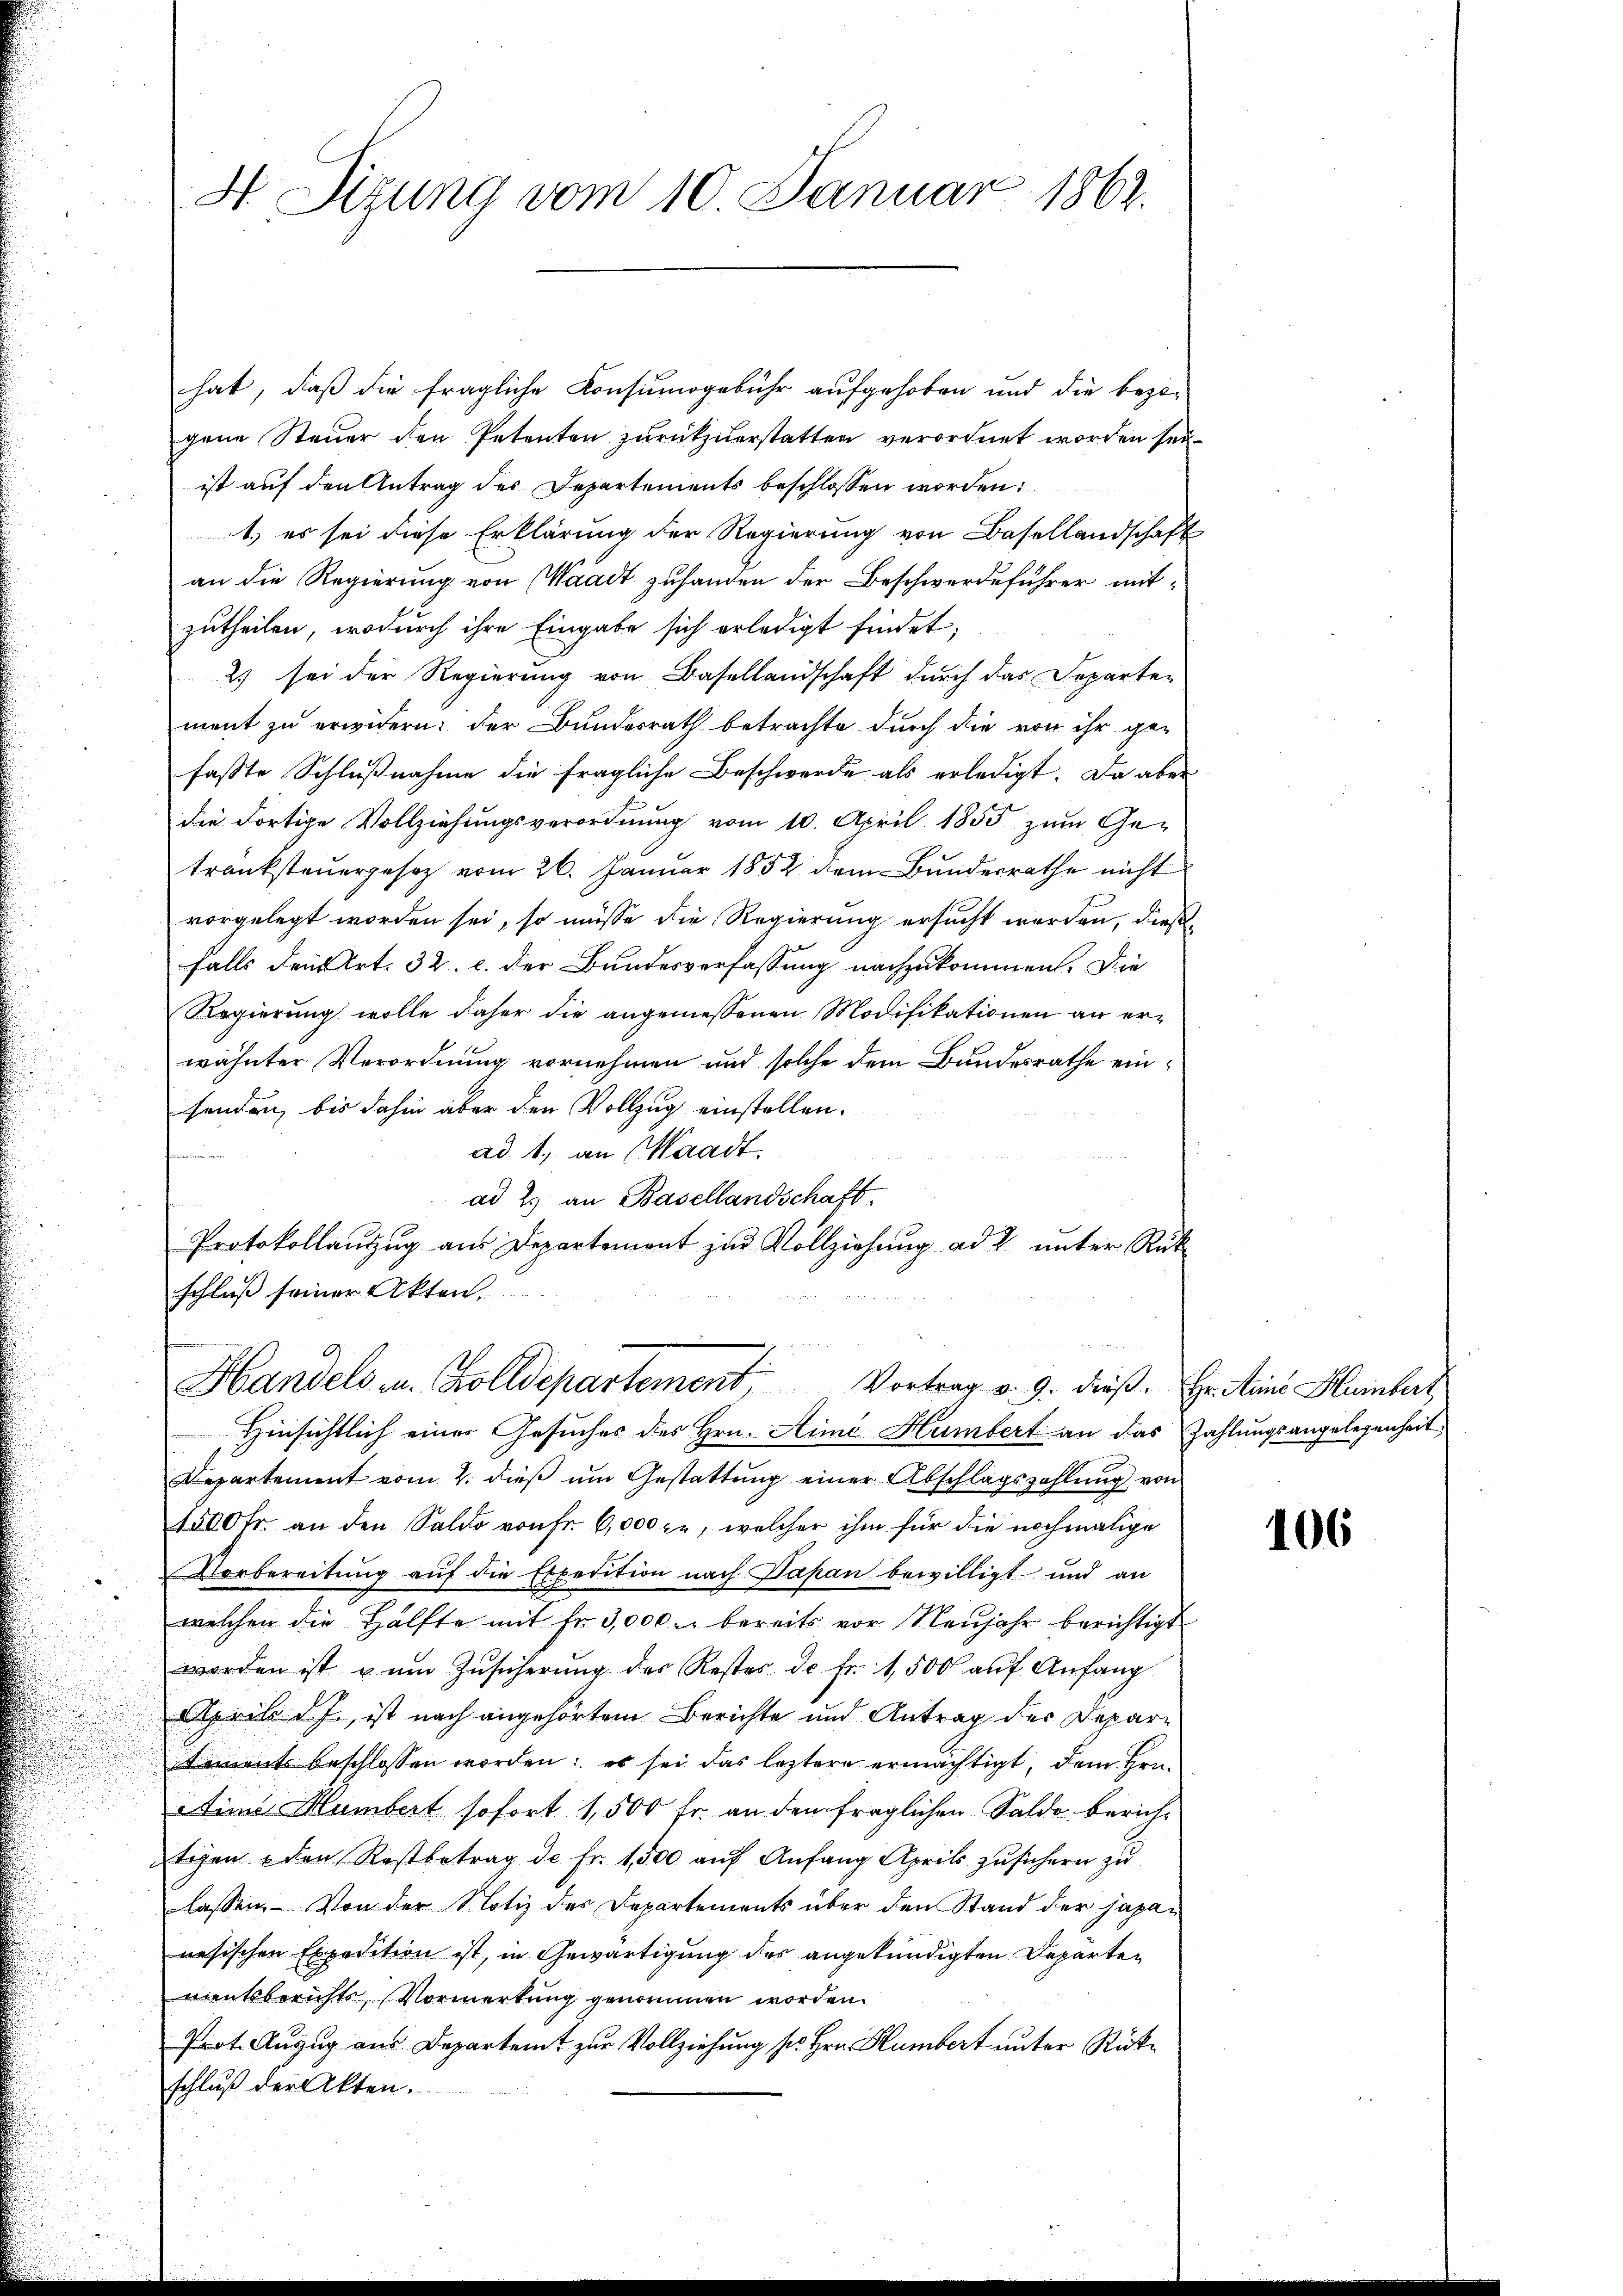
4 Sizung vom 10. Januar 1862.

hat, daß die fragliche Konsinogebühr aufgehoben und die bezogene Steuer den Petenten zurükzuerstatten verordnet worden seiist auf den Antrag des Departements beschlossen worden
1.) es sei diese Erklärung der Regierung von Basellandschaft
an die Regierung von Waadt zuhanden der Beschwerdeführer mitzutheilen, wodurch ihre Eingabe sich erledigt findet,
2) sei der Regierung von Basellandschaft durch das Departen
ment zu erwidern: der Bundesrath betrachte durch die von ihr gefasste Schlußnahme die fragliche Beschwerde als erledigt. Da aber
die dortige Vollziehungsverordnung vom 10. April 1855 zum Ge-
tränksteuergesez vom 26. Januar 1852 dem Bundesrathe nicht
vorgelegt worden sei, so müsse die Regierung ersucht werden, dießfalls den Art. 32. c. der Bundesverfassung nachzukommen. Die
Regierung wolle daher die angemessenen Modifikationen an erwähnter Verordnung vornehmen und solche dem Bundesrathe einsenden, bis dahin aber den Vollzug einstellen.
ad 1., an Waadt.
ad 2. an Basellandschaft.
Protokollantzŭg aŭs Departement zŭr Vollziehŭng ad 2. ŭnter Rük
schluß seiner Akten.
Handels u. Zolldepartement. Vortrag v. 9. dieß. Hr. Meine Kleinbert
Hinsichtlich einer Gesuches des Hrn. Hime Humbert an das Zahlungsangelegenheit
Departement vom 2. dieß um Gestattung einer Abschlagszahlung von
1500 fr. an den Saldo von Fr. 6,000 l., welcher ihm für die nochmalige
Vorbereitung auf die Expedition nach Papan bewilligt und an
welchen die Hälfte mit fr. 3,000. bereits vor Neŭjahr berichtigt
worden ist zum Zusicherung des Restes de fr. 1,500 auf Anfang
April d. J., ist nach angehörtem Berichte und Antrag der Depar¬
Dements beschlossen worden: es sei das leztere ermächtigt, dem Hrn.
Ain Humbert sofort 1,500 Fr. an den fraglichen Saldo berichtigen den Restbetrag de Fr. 1,500 auf Anfang April zusichern zu
lassen. - Von der Notiz des Departements über den Stand der japan
nesischen Expedition ist, in Gewärtigung des angekündigten Departen
vientsberichts, Vormerkung genommen worden.
Prot. Auszug aus Departamt zur Vollziehung der Hrn. Humbert unter Rückschluß der Akten.

106